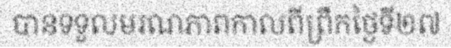
បានទទួលមរណភាពកាលពីព្រឹកថ្ងៃទី២៧